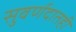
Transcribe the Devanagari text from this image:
सुवर्णदातही